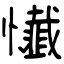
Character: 懴